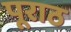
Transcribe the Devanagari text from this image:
पूराठ